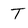
Character: T